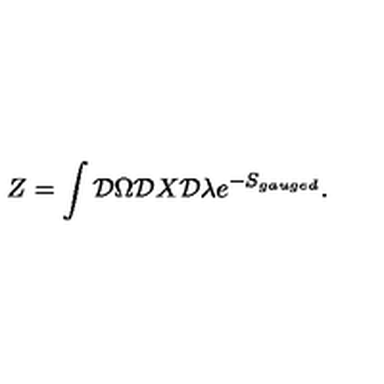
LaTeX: Z = \int { \cal D } \Omega { \cal D } X { \cal D } \lambda e ^ { - S _ { g a u g e d } } .